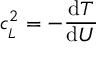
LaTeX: c _ { _ L } ^ { 2 } = - { \frac { \mathrm { d } T } { \mathrm { d } U } }